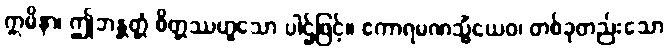
ဣမိနာ၊ ဤဘန္တတ္တံ စိတ္တဿဟူသော ပါဌ်ဖြင့်။ ဧကာရမဏသ္မိံယေဝ၊ တစ်ခုတည်းသော